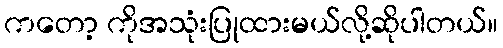
ကတော့ ကိုအသုံးပြုထားမယ်လို့ဆိုပါတယ်။